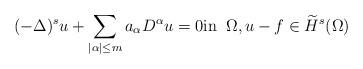
LaTeX: \begin{align*}(-\Delta)^s u + \sum_{|\alpha|\leq m} a_\alpha D^\alpha u & = 0 \mbox{in} \;\;\Omega, u - f \in \widetilde H^s(\Omega) \end{align*}